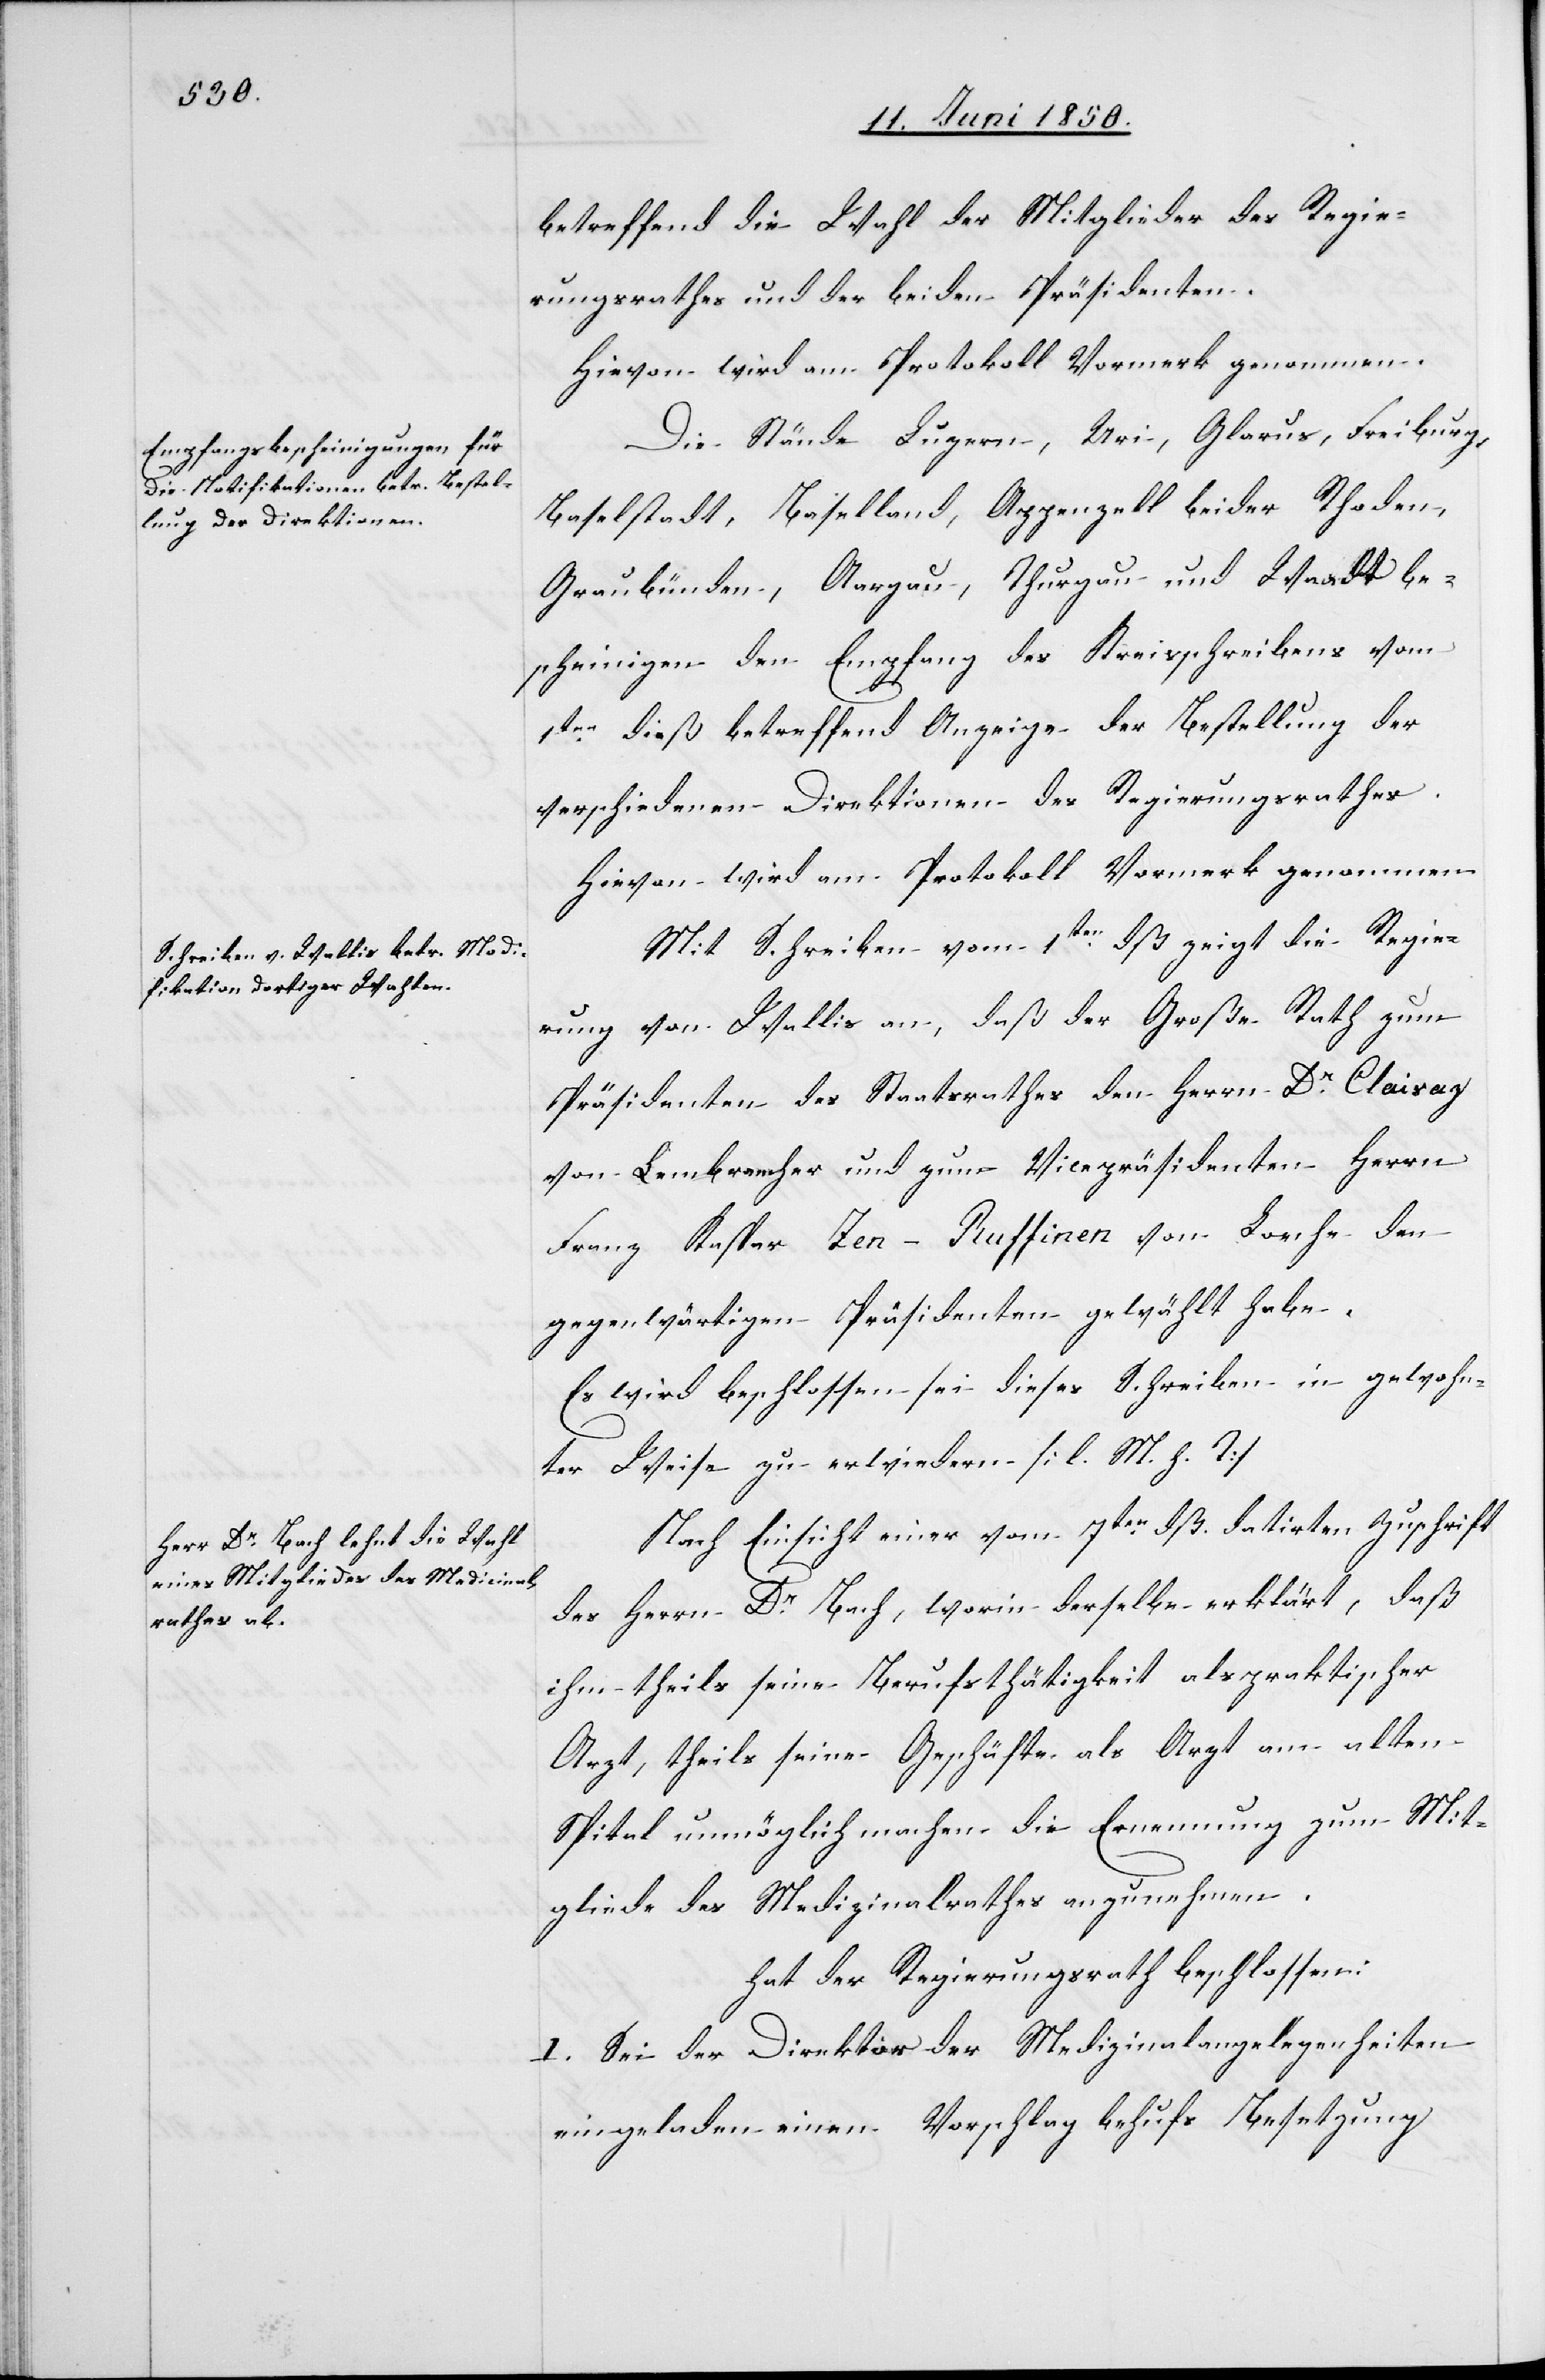
betreffend die Wahl der Mitglieder des Regie¬
rungsrathes und der beiden Präsidenten.
Hievon wird am Protokoll Vormerk genommen.
Die Stände Luzern, Uri, Glarus, Freiburg,
Baselstadt, Baselland, Appenzell beider Rhoden,
Graubünden, Aargau, Thurgau und Waadt be¬
scheinigen den Empfang des Kreisschreibens vom
1ten dieß betreffend Anzeige der Bestellung der
verschiedenen Direktionen des Regierungsrathes.
Hievon wird am Protokoll Vormerk genommen.
Mit Schreiben vom 1ten dß zeigt die Regie¬
rung von Wallis an, daß der Große Rath zum
Präsidenten des Staatsrathes den Herrn Dr Claisaz
von Lembrancher und zum Vicepräsidenten Herrn
Franz Kaspar Zen-Ruffinen vom Loeche den
gegenwärtigen Präsidenten gewählt habe.
Es wird beschlossen sei dieses Schreiben in gewohn¬
ter Weise zu erwiedern [l. M. h. T]
Nach Einsicht einer vom 7ten dß. datirten Zuschrift
des Herrn Dr Bach, worin derselbe erklärt, daß
ihm theils seine Berufsthätigkeit als praktischer
Arzt, theils seine Geschäfte als Arzt am alten
Spital unmöglich machen die Ernennung zum Mit¬
gliede des Medizinalrathes anzunehmen.
hat der Regierungsrath beschlossen:
I. Sei der Direktor der Medizinalangelegenheiten
eingeladen einen Vorschlag behufs Besetzung